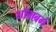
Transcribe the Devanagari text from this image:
शॉमबर्ग